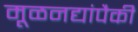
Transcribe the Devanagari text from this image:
मूळनद्यांपैकी